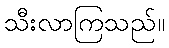
သီးလာကြသည်။